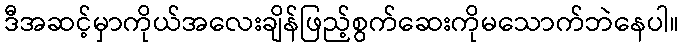
ဒီအဆင့်မှာကိုယ်အလေးချိန်ဖြည့်စွက်ဆေးကိုမသောက်ဘဲနေပါ။